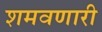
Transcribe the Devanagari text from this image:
शमवणारी